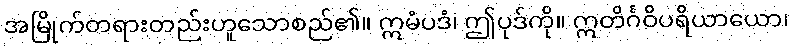
အမြိုက်တရားတည်းဟူသောစည်၏။ ဣမံပဒံ၊ ဤပုဒ်ကို။ ဣတိင်္ဂဝိပရိယာယော၊